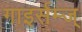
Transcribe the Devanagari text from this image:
गाइर्सम्ज्